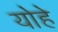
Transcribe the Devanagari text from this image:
योहे